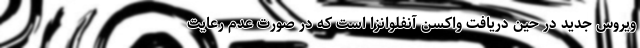
ویروس جدید در حین دریافت واکسن آنفلوانزا است که در صورت عدم رعایت